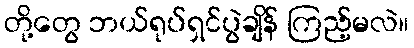
တို့တွေ ဘယ်ရုပ်ရှင်ပွဲချိန် ကြည့်မလဲ။